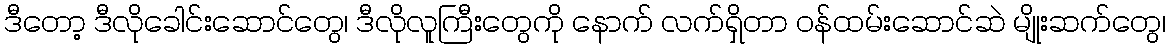
ဒီတော့ ဒီလိုခေါင်းဆောင်တွေ၊ ဒီလိုလူကြီးတွေကို နောက် လက်ရှိတာ ဝန်ထမ်းဆောင်ဆဲ မျိုးဆက်တွေ၊